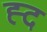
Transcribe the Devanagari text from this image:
ह्द